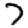
Digit: 7